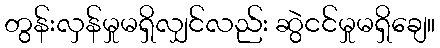
တွန်းလှန်မှုမရှိလျှင်လည်း ဆွဲငင်မှုမရှိချေ။